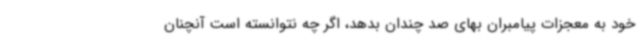
خود به معجزات پیامبران بهای صد چندان بدهد، اگر چه نتوانسته است آنچنان